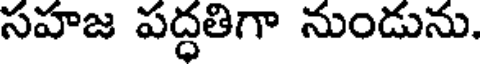
సహజ పద్ధతిగా నుండును.